Scientific memoirs by medical officers of the Army of India - Part XII,
Year: 1901
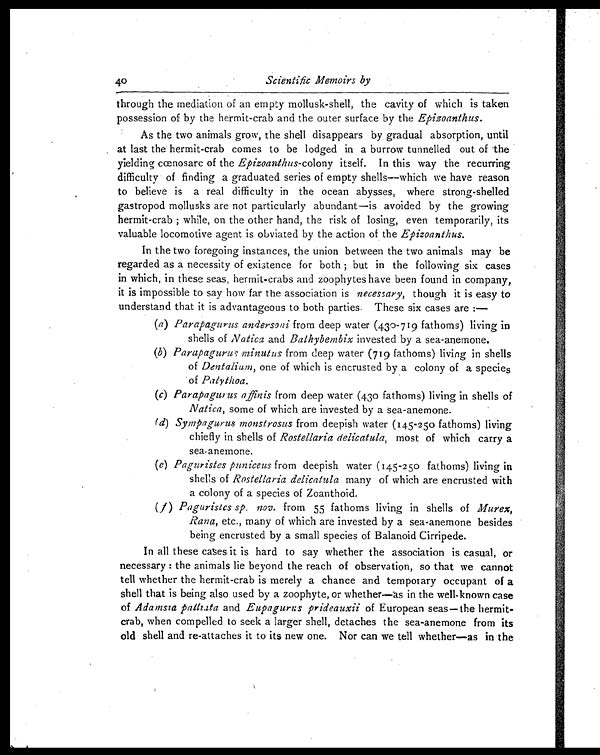
-
40
Scientific Memoirs by
through the mediation of an empty mollusk-shell, the cavity of which is taken
possession of by the hermit-crab and the outer surface by the Epizoanthus.
As the two animals grow, the shell disappears by gradual absorption, until
at last the hermit-crab comes to be lodged in a burrow tunnelled out of the
yielding cœnosarc of the Epizoanthus-colony itself. In this way the recurring
difficulty of finding a graduated series of empty shells—which we have reason
to believe is a real difficulty in the ocean abysses, where strong-shelled
gastropod mollusks are not particularly abundant—is avoided by the growing
h e r mi t - c r a b ; wh i l e , o n t h e o t h e r h a n d , t h e r i s k o f l o s i n g , e v e n t e mp o r a r i l y , i t s
valuable locomotive agent is obviated by the action of the Epizoanthus.
In the two foregoing instances, the union between the two animals may be
regarded as a necessity of existence for both ; but in the following six cases
in which, in these seas, hermit-crabs and zoophytes have been found in company,
it is impossible to say how far the association is necessary, though it is easy to
understand that it is advantageous to both parties. These six cases are :
—
(a) Parapagurus andersoni from deep water (430-719 fathoms) living in
shells of Natica and Bathybembix invested by a sea-anemone.
(b) Parapagurus minutus from deep water (719 fathoms) living in shells
of Dentalium, one of which is encrusted by a colony of a species
of Palythoa.
(c) Parapagurus affinis from deep water (430 fathoms) living in shells of
Natica, some of which are invested by a sea-anemone.
(d) Sympagurus monstrosus from deepish water (145-250 fathoms) living
chiefly in shells of Rostellaria delicatula, most of which carry a
sea-anemone.
(e) Paguristes puniceus from deepish water (145-250 fathoms) living in
shells of Rostellaria delicatula many of which are encrusted with
a colony of a species of Zoanthoid.
(f)) Paguristes sp. nov . from 55 fathoms living in shells of Murex,
Rana, etc., many of which are invested by a sea-anemone besides
being encrusted by a small species of Balanoid Cirripede.
In all these cases it is hard to say whether the association is casual, or
necessary : the animals lie beyond the reach of observation, so that we cannot
tell whether the hermit-crab is merely a chance and temporary occupant of a
shell that is being also used by a zoophyte, or whether—as in the well-known case
of Adamsia palliata and Eupagurus prideauxii of European seas—the hermit-
crab, when compelled to seek a larger shell, detaches the sea-anemone from its
old shell and re-attaches it to its new one. Nor can we tell whether—as in the